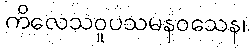
ကိလေသဝူပသမနဝသေန၊